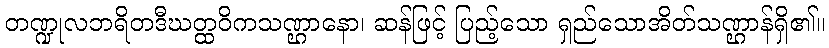
တဏ္ဍုလဘရိတဒီဃတ္ထဝိကသဏ္ဌာနော၊ ဆန်ဖြင့် ပြည့်သော ရှည်သောအိတ်သဏ္ဌာန်ရှိ၏။